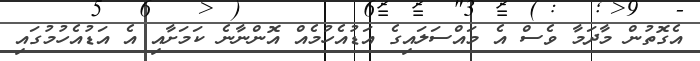
އެގޮތުން މާދަމާ ވެސް އެ މައްސަލައިގެ އަޑުއެހުމެއް އޮންނާނެ ކަމަށާއި އެ އަޑުއެހުމުގައި